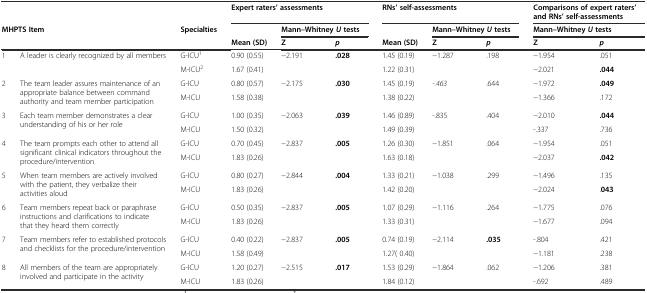
<table><thead><tr><td colspan="2"></td><td></td><td colspan="3"><b>Expert raters’ assessments</b></td><td colspan="3"><b>RNs’ self-assessments</b></td><td colspan="2"><b>Comparisons of expert raters’ and RNs’ self-assessments</b></td></tr><tr><td colspan="2"><b>MHPTS Item</b></td><td><b>Specialties</b></td><td></td><td colspan="2"><b>Mann–Whitney<i>U</i>tests</b></td><td></td><td colspan="2"><b>Mann–Whitney<i>U</i>tests</b></td><td colspan="2"><b>Mann–Whitney<i>U</i>tests</b></td></tr><tr><td></td><td></td><td></td><td><b>Mean (SD)</b></td><td><b>Z</b></td><td><b><i>p</i></b></td><td><b>Mean (SD)</b></td><td><b>Z</b></td><td><b><i>p</i></b></td><td><b>Z</b></td><td><b><i>p</i></b></td></tr></thead><tbody><tr><td rowspan="2">1</td><td rowspan="2">A leader is clearly recognized by all members</td><td>G-ICU<sup>1</sup></td><td>0.90 (0.55)</td><td rowspan="2">−2.191</td><td rowspan="2"><b>.028</b></td><td>1.45 (0.19)</td><td rowspan="2">−1.287</td><td rowspan="2">.198</td><td>−1.954</td><td>.051</td></tr><tr><td>M-ICU<sup>2</sup></td><td>1.67 (0.41)</td><td>1.22 (0.31)</td><td>−2.021</td><td><b>.044</b></td></tr><tr><td rowspan="2">2</td><td rowspan="2">The team leader assures maintenance of an appropriate balance between command authority and team member participation</td><td>G-ICU</td><td>0.80 (0.57)</td><td rowspan="2">−2.175</td><td rowspan="2"><b>.030</b></td><td>1.45 (0.19)</td><td rowspan="2"><i>-.463</i></td><td rowspan="2">.644</td><td>−1.972</td><td><b>.049</b></td></tr><tr><td>M-ICU</td><td>1.58 (0.38)</td><td>1.38 (0.22)</td><td>−1.366</td><td>.172</td></tr><tr><td rowspan="2">3</td><td rowspan="2">Each team member demonstrates a clear understanding of his or her role</td><td>G-ICU</td><td>1.00 (0.35)</td><td rowspan="2">−2.063</td><td rowspan="2"><b>.039</b></td><td>1.46 (0.89)</td><td rowspan="2">-.835</td><td rowspan="2">.404</td><td>−2.010</td><td><b>.044</b></td></tr><tr><td>M-ICU</td><td>1.50 (0.32)</td><td>1.49 (0.39)</td><td>-.337</td><td>.736</td></tr><tr><td rowspan="2">4</td><td rowspan="2">The team prompts each other to attend all significant clinical indicators throughout the procedure/intervention</td><td>G-ICU</td><td>0.70 (0.45)</td><td rowspan="2">−2.837</td><td rowspan="2"><b>.005</b></td><td>1.26 (0.30)</td><td rowspan="2">−1.851</td><td rowspan="2">.064</td><td>−1.954</td><td>.051</td></tr><tr><td>M-ICU</td><td>1.83 (0.26)</td><td>1.63 (0.18)</td><td>−2.037</td><td><b>.042</b></td></tr><tr><td rowspan="2">5</td><td rowspan="2">When team members are actively involved with the patient, they verbalize their activities aloud</td><td>G-ICU</td><td>0.80 (0.27)</td><td rowspan="2">−2.844</td><td rowspan="2"><b>.004</b></td><td>1.33 (0.21)</td><td rowspan="2">−1.038</td><td rowspan="2">.299</td><td>−1.496</td><td>.135</td></tr><tr><td>M-ICU</td><td>1.83 (0.26)</td><td>1.42 (0.20)</td><td>−2.024</td><td>.<b>043</b></td></tr><tr><td rowspan="2">6</td><td rowspan="2">Team members repeat back or paraphrase instructions and clarifications to indicate that they heard them correctly</td><td>G-ICU</td><td>0.50 (0.35)</td><td rowspan="2">−2.837</td><td rowspan="2"><b>.005</b></td><td>1.07 (0.29)</td><td rowspan="2">−1.116</td><td rowspan="2">.264</td><td>−1.775</td><td>.076</td></tr><tr><td>M-ICU</td><td>1.83 (0.26)</td><td>1.33 (0.31)</td><td>−1.677</td><td>.094</td></tr><tr><td rowspan="2">7</td><td rowspan="2">Team members refer to established protocols and checklists for the procedure/intervention</td><td>G-ICU</td><td>0.40 (0.22)</td><td rowspan="2">−2.837</td><td rowspan="2"><b>.005</b></td><td>0.74 (0.19)</td><td rowspan="2">−2.114</td><td rowspan="2"><b>.035</b></td><td>-.804</td><td>.421</td></tr><tr><td>M-ICU</td><td>1.58 (0.49)</td><td>1.27( 0.40)</td><td>−1.181</td><td>.238</td></tr><tr><td rowspan="2">8</td><td rowspan="2">All members of the team are appropriately involved and participate in the activity</td><td>G-ICU</td><td>1.20 (0.27)</td><td rowspan="2">−2.515</td><td rowspan="2"><b>.017</b></td><td>1.53 (0.29)</td><td rowspan="2">−1.864</td><td rowspan="2">.062</td><td>−1.206</td><td>.381</td></tr><tr><td>M-ICU</td><td>1.83 (0.26)</td><td>1.84 (0.12)</td><td>-.692</td><td>.489</td></tr></tbody></table>